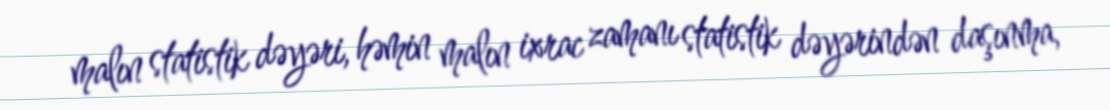
malın statistik dəyəri, həmin malın ixrac zamanı statistik dəyərindən daşınma,